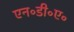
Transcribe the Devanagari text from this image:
एन॰डी॰ए॰